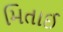
મિતાઈ